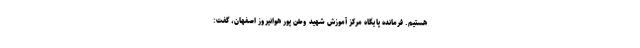
هستیم. فرمانده پایگاه مرکز آموزش شهید وطن پور هوانیروز اصفهان، گفت: